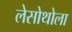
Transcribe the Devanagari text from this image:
लेसोथोला